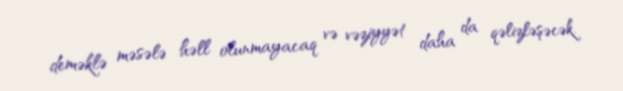
deməklə məsələ həll olunmayacaq və vəziyyət daha da qəlizləşəcək.